Vaccination in the Punjab 1867-1880 - 1867-1880
Year: 1867
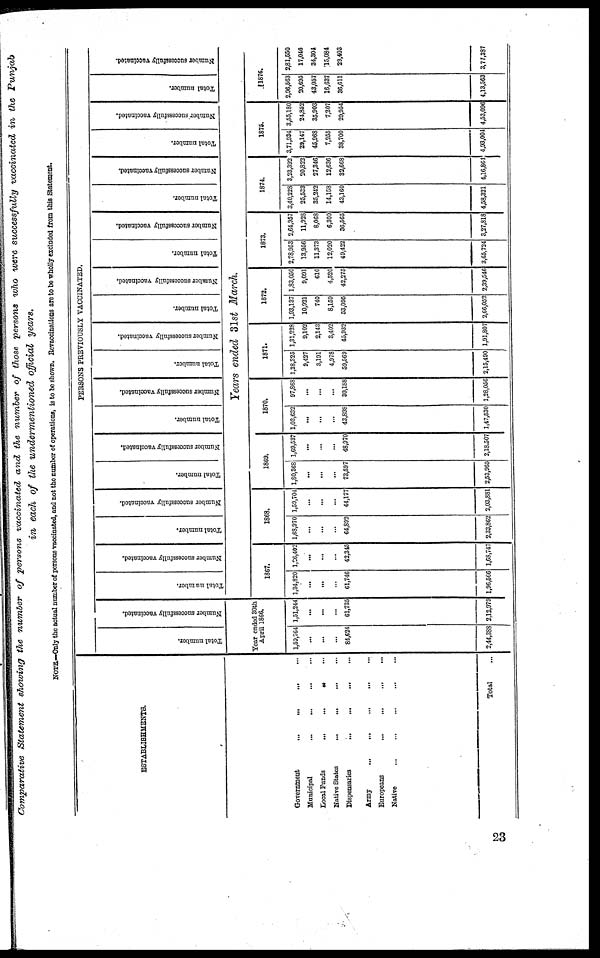
Comparative Statement showing the number of persons vaccinated and the number of those persons who were successfully vaccinated in the Punjab
in each of the undermentioned official years.
NOTE,—Only the actual number of persons vaccinated, and not the number of operations, is to be shown. Revaccinations are to be wholly excluded from this Statement.
ESTABLISHMENTS.
PERSONS PREVIOUSLY VACCINATED.
Total number.
Number successfully vaccinated.
Total number.
Number successfully vaccinated.
Total number.
Number successfully vaccinated.
Total number.
Number successfully vaccinated.
Total number.
Number successfully vaccinated.
Total number.
Number successfully vaccinated.
Total number.
Number successfully vaccinated.
Total number.
Number successfully vaccinated.
Total number.
Number successfully vaccinated.
Total number.
Number successfully vaccinated.
Total number.
Number successfully vaccinated.
Years ended 31st March.
Government
...
...
...
...
Municipal
...
...
...
...
local Funds
...
...
...
...
Native States
...
...
...
...
Dispensaries
...
...
...
...
Army
...
...
...
...
Europeans
...
...
...
...
Native ... ... ... ...
Total
...
Year ended 30th
April 1866.
1,59,764
...
...
...
84,624
2,44,388
1,51,244
...
...
...
61,735
2,12,979
1867.
1,34,820
...
...
...
61,746
1,96,566
1,06,402
...
...
...
42,3-15
1,68,747
1868.
1,68,970
...
...
...
64,892
2,33,862
1,59,704
...
...
...
44,177
2,03,881
1869.
1,80,368
...
...
...
73,597
2,53,965
1,69,537
...
...
...
48,970
2,18,507
1870.
1,03,632
...
...
...
43,898
1,47,530
97,868
...
...
...
30,188
1,28,056
1871.
1,38,325
9,427
3,191
4,978
59,569
2,15,490
1,31,228
9,102
2,143
3,402
45,932
1,91,807
1872.
1,93,137
10,921
740
8,159
53,095
2,66,052
1,83,050
9,091
610
4,520
42,275
2,39,546
1873.
2,78,953
13,956
11,373
12,020
49,422
3,65,724
2,64,957
11,928
8,068
6,300
36,565
3,27,818
1874.
3,40,228
25,533
35,242
14,158
43,160
4,58,321
3,23,392
20,822
27,346
12,636
32,668
4,16,864
1875.
3,71,934
29,147
45,968
7,255
38,700
4,93,004
3,55,180
24,852
35,903
7,207
29,954
4,53,096
1876.
2,96,563
20,695
43,057
16,637
36,611
4,13,563
2,81,550
17,046
34,304
15,084
29,403
3,77,387
23